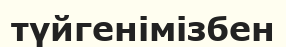
түйгенімізбен